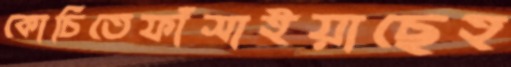
কোচিতেফাঁসাইয়াছেহ